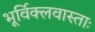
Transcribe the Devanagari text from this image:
भूर्विक्लवास्ताः